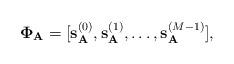
LaTeX: \begin{align*}\mathbf{\Phi}_{\mathbf{A}}=[\mathbf{s}_{\mathbf{A}}^{(0)},\mathbf{s}_{\mathbf{A}}^{(1)},\ldots,\mathbf{s}_{\mathbf{A}}^{(M-1)}],\end{align*}